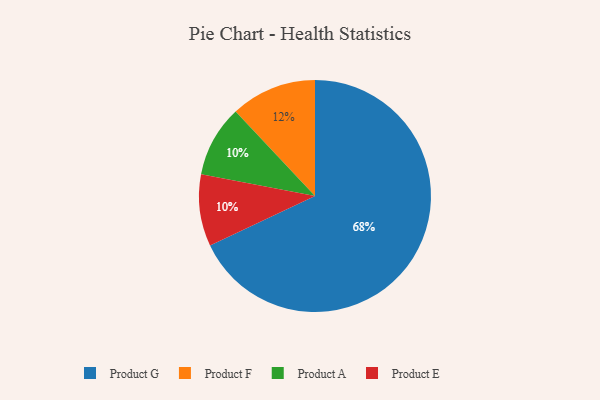
{"axis": {"x": "Category", "y": "Percentage"}, "legend": ["Product A", "Product E", "Product F", "Product G"], "data": [{"x": "Product G", "y": 68, "type": "Product G"}, {"x": "Product A", "y": 10, "type": "Product A"}, {"x": "Product E", "y": 10, "type": "Product E"}, {"x": "Product F", "y": 12, "type": "Product F"}]}